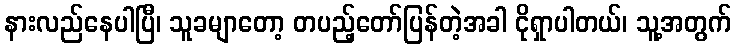
နားလည်နေပါပြီ၊ သူခမျာတော့ တပည့်တော်ပြန်တဲ့အခါ ငိုရှာပါတယ်၊ သူ့အတွက်